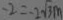
- 2 = - 2 \sqrt { 3 } m